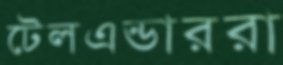
টেলএন্ডাররা